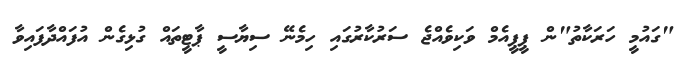
"ގައުމީ ހަރަކާތު"ން ޕީޕީއެމް ވަކިވެއްޖެ ސަރުކާރުގައި ހިމެނޭ ސިޔާސީ ޕާޓީތައް ގުޅިގެން އުފައްދާފައިވާ